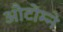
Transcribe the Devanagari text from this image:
औटोम्ने